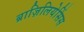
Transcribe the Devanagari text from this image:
ब्राज़िलियेसिंस